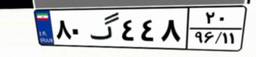
۸۰گ۴۴۸۲۰